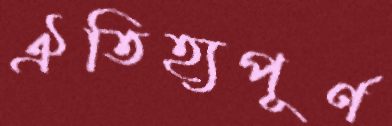
ঐতিহ্যপূর্ণ